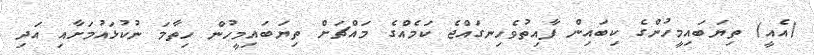
(އެއީ) ތިޔަބައިމީހުންގެ ކިބައިން ފާއިތުވެހިނގައްޖެ ކަމެއްގެ މައްޗަށް ތިޔަބައިމީހުން ހިތާމަ ނުކުޅައުމަށާއި އަދި